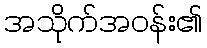
အသိုက်အဝန်း၏